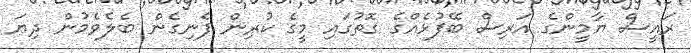
ރައީސް ޔާމީންގެ އަރިސް ބޭފުޅެއްގެ ގޮތުގައި މީގެ ކުރިން ފެނިގެން ބެލެވެމުން ދިޔަ